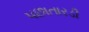
પછાતારડી